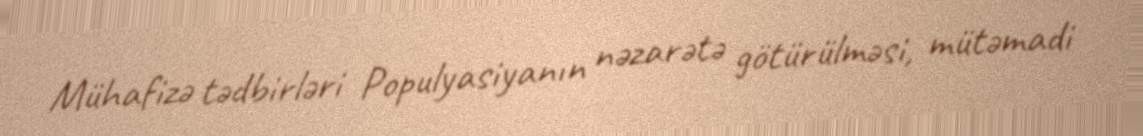
Mühafizə tədbirləri Populyasiyanın nəzarətə götürülməsi, mütəmadi